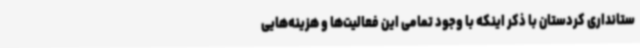
ستانداری کردستان با ذکر اینکه با وجود تمامی این فعالیت‌ها و هزینه‌هایی